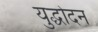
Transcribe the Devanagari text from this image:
युद्धोदन